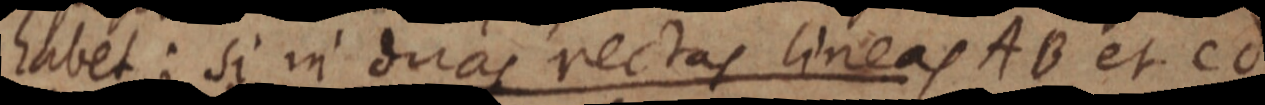
habet: si in duas rectas lineas AB et cd